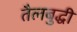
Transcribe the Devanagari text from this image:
तैलबुद्धी